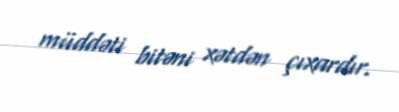
müddəti bitəni xətdən çıxardır.